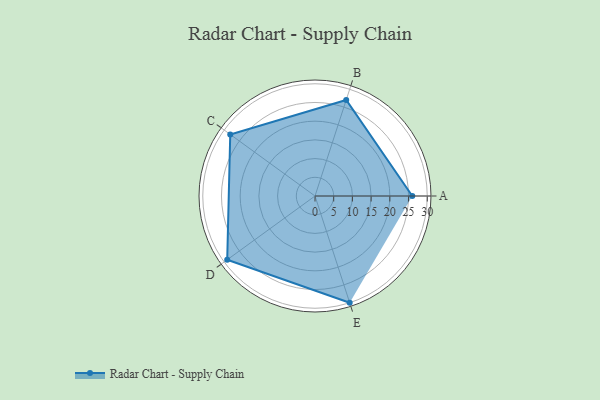
{"axis": {"x": "Skill", "y": "Score"}, "legend": ["Profile"], "data": [{"x": "A", "y": 26.0, "type": "Profile"}, {"x": "B", "y": 27.0, "type": "Profile"}, {"x": "C", "y": 28.0, "type": "Profile"}, {"x": "D", "y": 29.0, "type": "Profile"}, {"x": "E", "y": 30.0, "type": "Profile"}]}